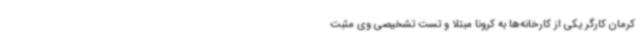
کرمان کارگر یکی از کارخانه‌ها به کرونا مبتلا و تست تشخیصی وی مثبت